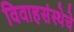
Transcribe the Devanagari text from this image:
विवाहसंस्थेचे